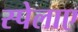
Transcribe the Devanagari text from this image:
स्पेलाए